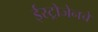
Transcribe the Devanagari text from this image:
ईस्ट्रोजेनचे